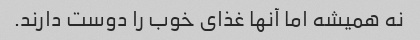
نه همیشه اما آنها غذای خوب را دوست دارند.